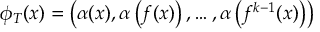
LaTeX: \phi _ { T } ( x ) = \left( \alpha ( x ) , \alpha \left( f ( x ) \right) , \dots , \alpha \left( f ^ { k - 1 } ( x ) \right) \right)